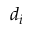
d _ { i }